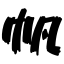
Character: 帆